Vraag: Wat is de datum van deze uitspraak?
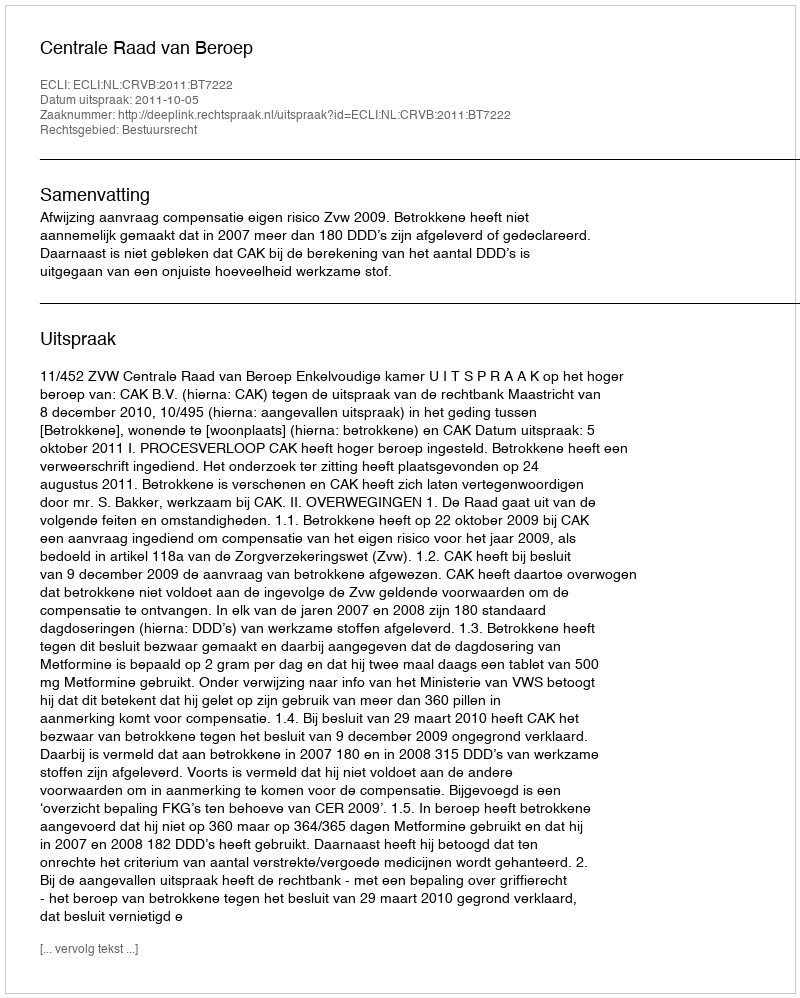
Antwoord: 2011-10-05